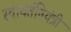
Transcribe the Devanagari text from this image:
स्वायतंनियंत्री